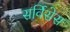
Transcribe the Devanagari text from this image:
सर्विसेस